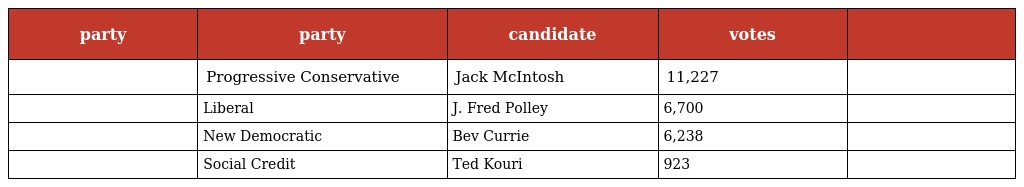
| party | party | candidate | votes |  |
 | --- | --- | --- | --- | --- |
 |  | Progressive Conservative | Jack McIntosh | 11,227 |  |
 |  | Liberal | J. Fred Polley | 6,700 |  |
 |  | New Democratic | Bev Currie | 6,238 |  |
 |  | Social Credit | Ted Kouri | 923 |  |